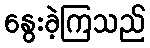
နွေးခဲ့ကြသည်